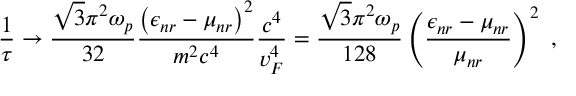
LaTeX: \frac { 1 } { \tau } \rightarrow \frac { \sqrt { 3 } \pi ^ { 2 } \omega _ { p } } { 3 2 } \frac { \left( \epsilon _ { n r } - \mu _ { n r } \right) ^ { 2 } } { m ^ { 2 } c ^ { 4 } } \frac { c ^ { 4 } } { v _ { F } ^ { 4 } } = \frac { \sqrt { 3 } \pi ^ { 2 } \omega _ { p } } { 1 2 8 } \left( \frac { \epsilon _ { n r } - \mu _ { n r } } { \mu _ { n r } } \right) ^ { 2 } \ ,